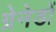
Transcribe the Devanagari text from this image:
ग्रेनेडों